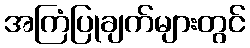
အကြံပြုချက်များတွင်